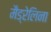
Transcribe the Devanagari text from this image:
मैड्रेलिना